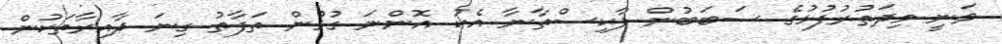
ވަނީ މިދަތުރުފުޅުގެ ސަބަބުން ޕާކިސްތާނާ އެކު އޮންނަ ގުޅުން ތަފާތު ގިނަ ދާއިރާތަކުން